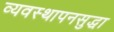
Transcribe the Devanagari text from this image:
व्यवस्थापनसुद्धा